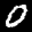
Label: 0